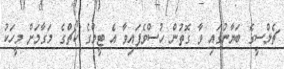
ޗެލްސީގެ ބަޔާނުގައި ވާ ގޮތުން ހުސްވެފައިވާ އެ ޓީމްގެ ކޯޗްގެ މަގާމަށް މީހަކު